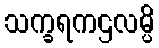
သက္ခရကဌလမ္ပိ